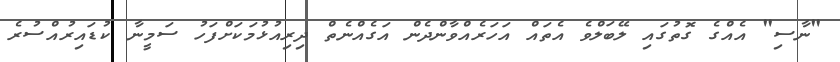
"ނާސި" އެއްގެ ގޮތުގައި ލޭބަލްވެ އެތައް އަހަރެއްވާންދެން އަގެއްނެތް ދިރިއުޅުމަކަށްފަހު ސަމީނާ ކުޑައިރުއްސުރެ